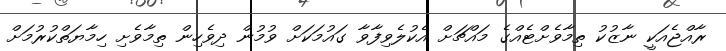
ރާއްޖެއަކީ ނާޒުކު ތިމާވެށްޓެއްގެ މައްޗަށް އެކުލެވިފާވާ ގައުމަކަށް ވުމުން ދިވެހިން ތިމާވެށި ހިމާޔަތްކުރުމަށް